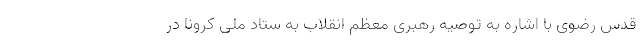
قدس رضوی با اشاره به توصیه رهبری معظم انقلاب به ستاد ملی کرونا در